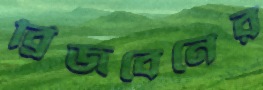
ব্রিজবেনের